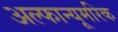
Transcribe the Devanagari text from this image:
अल्फान्यूमरिक